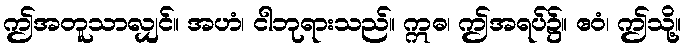
ဤအတူသာလျှင်။ အဟံ၊ ငါဘုရားသည်။ ဣဓ၊ ဤအရပ်၌။ ဧဝံ၊ ဤသို့။